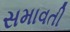
સમાવતી